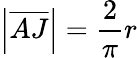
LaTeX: \left|{\overline{{AJ}}}\right|={\frac{2}{\pi}}r